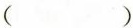
( )